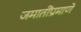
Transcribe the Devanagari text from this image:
जमातींप्रमाणे